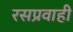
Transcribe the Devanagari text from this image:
रसप्रवाही